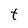
Character: t